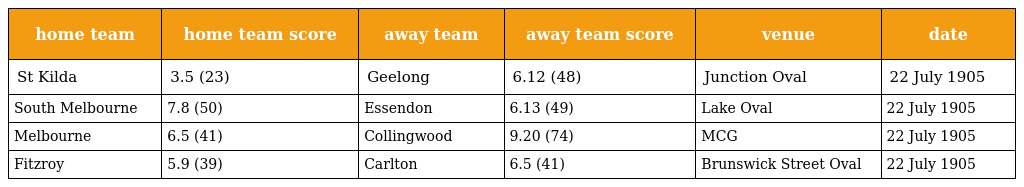
| home team | home team score | away team | away team score | venue | date |
 | --- | --- | --- | --- | --- | --- |
 | St Kilda | 3.5 (23) | Geelong | 6.12 (48) | Junction Oval | 22 July 1905 |
 | South Melbourne | 7.8 (50) | Essendon | 6.13 (49) | Lake Oval | 22 July 1905 |
 | Melbourne | 6.5 (41) | Collingwood | 9.20 (74) | MCG | 22 July 1905 |
 | Fitzroy | 5.9 (39) | Carlton | 6.5 (41) | Brunswick Street Oval | 22 July 1905 |